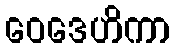
ဝေဒေဟိကာ